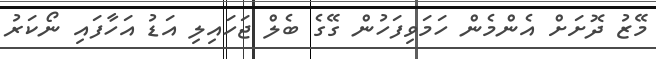
މޭޒު ދޮށަށް އެންމެން ހަމަވިފަހުން ގޭގެ ބެލް ޖަހައިލި އަޑު އަހާފައި ނޯކަރު